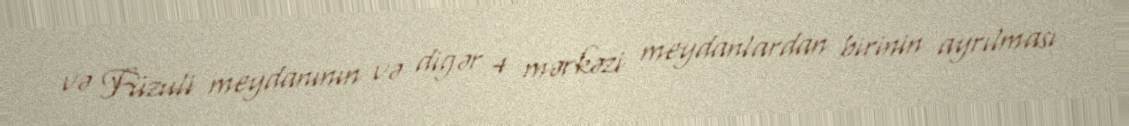
və Füzuli meydanının və digər 4 mərkəzi meydanlardan birinin ayrılması